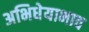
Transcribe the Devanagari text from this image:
अभिधेयाभाव